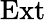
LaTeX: \mathrm{Ext}